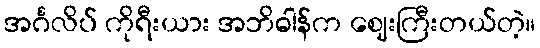
အင်္ဂလိပ် ကိုရီးယား အဘိဓါန်က ဈေးကြီးတယ်တဲ့။